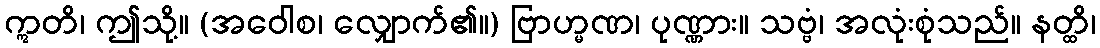
ဣတိ၊ ဤသို့။ (အဝေါစ၊ လျှောက်၏။) ဗြာဟ္မဏ၊ ပုဏ္ဏား။ သဗ္ဗံ၊ အလုံးစုံသည်။ နတ္ထိ၊